Civil Veterinary Department. United Provinces 1932-42 - 1932-1942
Year: 1932
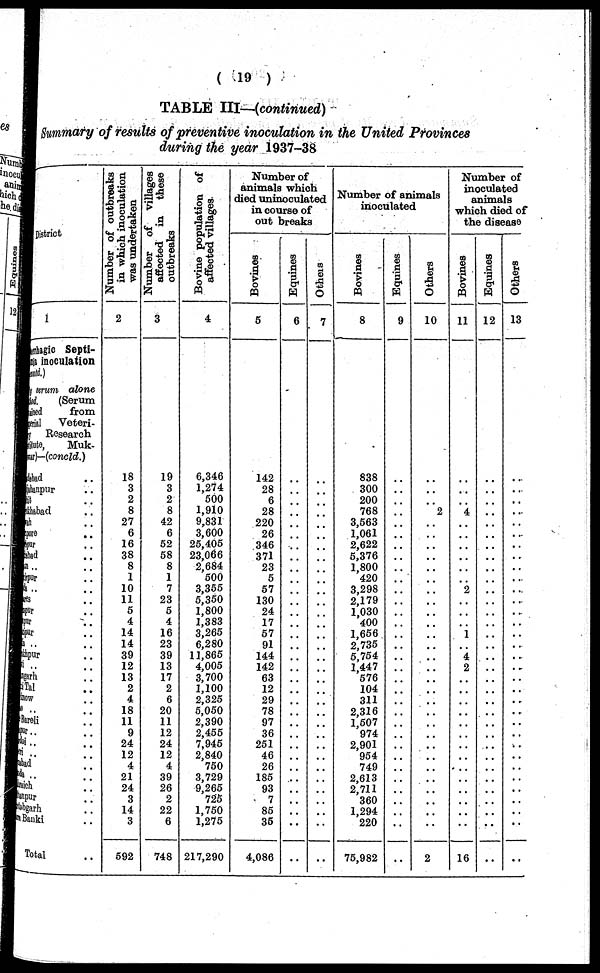
(19)
TABLE III—(continued)
Summary of results of preventive inoculation in the United Provinces
during the year 1937-38
District
1
nhagic Septi-
inoculation
serum
alone
(Serum
ned
from
al Veteri-
Research
uto,
Muk-
r)—(concld.)
d ..
npur ..
..
bad ..
..
e
..
t ..
d ..
..
pur ..
.. ..
..
..
..
..
.. ..
pur ..
.. ..
rh
..
Tal ..
w ..
.. ..
reli ..
r .. ..
.. ..
.. ..
d ..
.. ..
lich ..
npur ..
bgarh
..
Banki ..
Total ..
Number of outbreaks
in which inoculation
was undertaken
2
18
3
2
8
27
6
16
38
8
1
10
11
5
4
14
14
39
12
13
2
4
18
11
9
24
12
4
21
24
3
14
3
692
Number of villages
affected in
these
outbreaks
3
19
3
2
8
42
6
52
58
8
1
7
23
5
4
16
23
39
13
17
2
6
20
11
12
24
12
4
39
26
2
22
6
748
Bovine population of
affected villages
4
6,346
1,274
500
1,910
9,831
3,600
25,405
23,066
2,684
500
3,355
5,350
1,800
1,383
3,265
6,280
11,865
4,005
3,700
1,100
2,325
5,050
2,390
2,455
7,945
2,840
750
3,729
9,265
725
1,750
1,275
217,290
Number of
animals which
died uninoculated
in coarse of
out breaks
Bovines
5
142
28
6
28
220
26
346
371
23
5
57
130
24
17
57
91
144
142
63
12
29
78
97
36
251
46
26
185
93
7
85
35
4,086
Equines
6
..
..
..
..
..
..
..
..
..
..
..
..
..
..
..
..
..
..
..
..
..
..
..
..
..
..
..
..
..
..
..
..
..
Others
7
..
..
..
..
..
..
..
..
..
..
..
..
..
..
..
..
..
..
..
..
..
..
..
..
..
..
..
..
..
..
..
..
..
Number of animals
inoculated
Bovines
8
838
300
200
768
3,563
1,061
2,622
5,376
1,800
420
3,298
2,179
1,030
400
1,656
2,735
5,754
1,447
576
104
311
2,316
1,507
974
2,901
954
749
2,613
2,711
360
1,294
220
75,982
Equines
9
..
..
..
..
..
..
..
..
..
..
..
..
..
..
..
..
..
..
..
..
..
..
..
..
..
..
..
..
..
..
..
..
..
Others
10
..
..
..
..
2
..
..
..
..
..
..
..
..
..
..
..
..
..
..
..
..
..
..
..
..
..
..
..
..
..
..
..
..
2
Number of
inoculated
animals
which died of
the disease
Bovines
11
..
..
..
4
..
..
..
..
..
..
2
..
..
..
1
..
4
2
..
..
..
..
..
..
..
..
..
..
..
..
..
..
16
Equines
12
..
..
..
..
..
..
..
..
..
..
..
..
..
..
..
..
..
..
..
..
..
..
..
..
..
..
..
..
..
..
..
..
..
Others
13
..
..
..
..
..
..
..
..
..
..
..
..
..
..
..
..
..
..
..
..
..
..
..
..
..
..
..
..
..
..
..
..
..